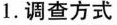
1. 调查方式